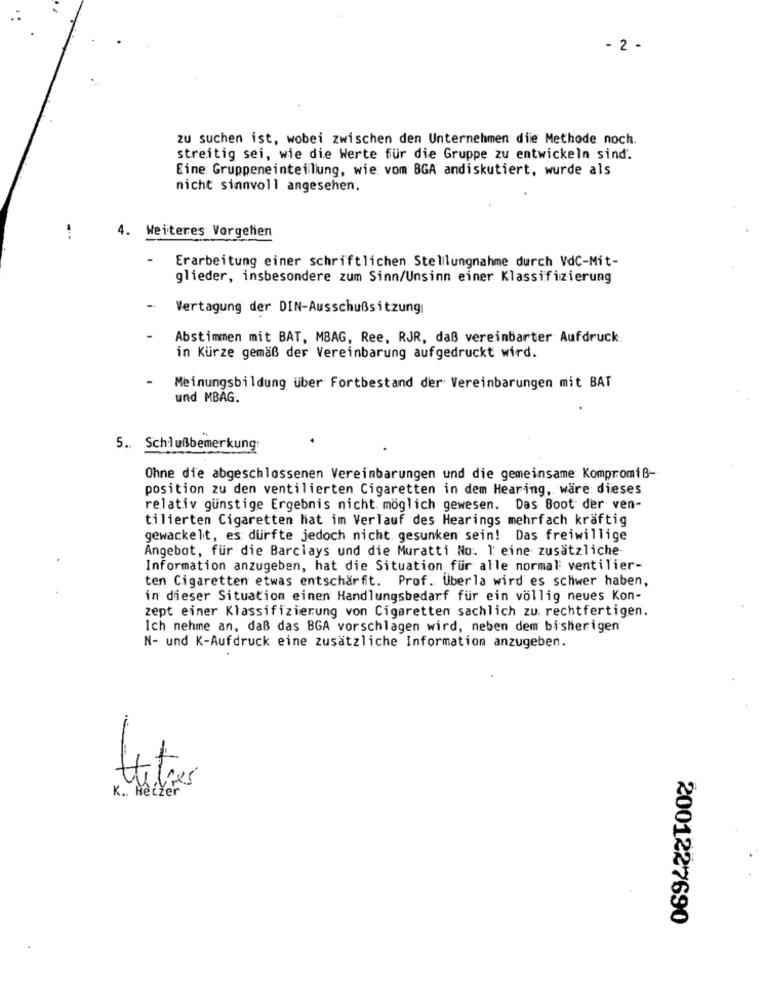
- 2 -
zu suchen ist, wobei zwischen den Unternehmen dile Methode noch.
streitig sei, wie die Werte für die Gruppe zu entwickeln sind.
Eine Gruppeneinteilung, wie vom BGA andiskutiert, wurde als
nicht sinnvoll angesehen.
4. Weiteres Vorgehen
Erarbeitung einer schriftlichen Stellungnahme durch VdC-Mit-
glieder, insbesondere zum Sinn/Unsinn einer Klassifizierung
Vertagung der DIN-Ausschußsitzung
Abstimmen mit BAT, MBAG, Ree, RJR, daß vereinbarter Aufdruck
in Kürze gemäß der Vereinbarung aufgedruckt wird.
Meinungsbildung über Fortbestand der Vereinbarungen mit BAT
und MBAG.
5 .. Schlußbemerkung:
Ohne die abgeschlossenen Vereinbarungen und die gemeinsame Kompromiß-
position zu den ventilierten Cigaretten in dem Hearing, wäre dieses
relativ günstige Ergebnis nicht möglich gewesen. Das Boot der ven-
tilierten Cigaretten hat im Verlauf des Hearings mehrfach kräftig
gewackelt, es durfte jedoch nicht gesunken sein! Das freiwillige
Angebot, für die Barclays und die Muratti No: l' eine zusätzliche
Information anzugeben, hat die Situation für alle normal ventilier-
ten Cigaretten etwas entschärft. Prof. Uberla wird es schwer haben,
in dieser Situation einen Handlungsbedarf für ein völlig neues Kon-
zept einer Klassifizierung von Cigaretten sachlich zu. rechtfertigen.
Ich nehme an, daß das BGA vorschlagen wird, neben dem bisherigen
N- und K-Aufdruck eine zusätzliche Information anzugeben.
K .. Hetzer
Hit
2001227690